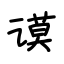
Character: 谟